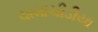
ચામાચીડીયા